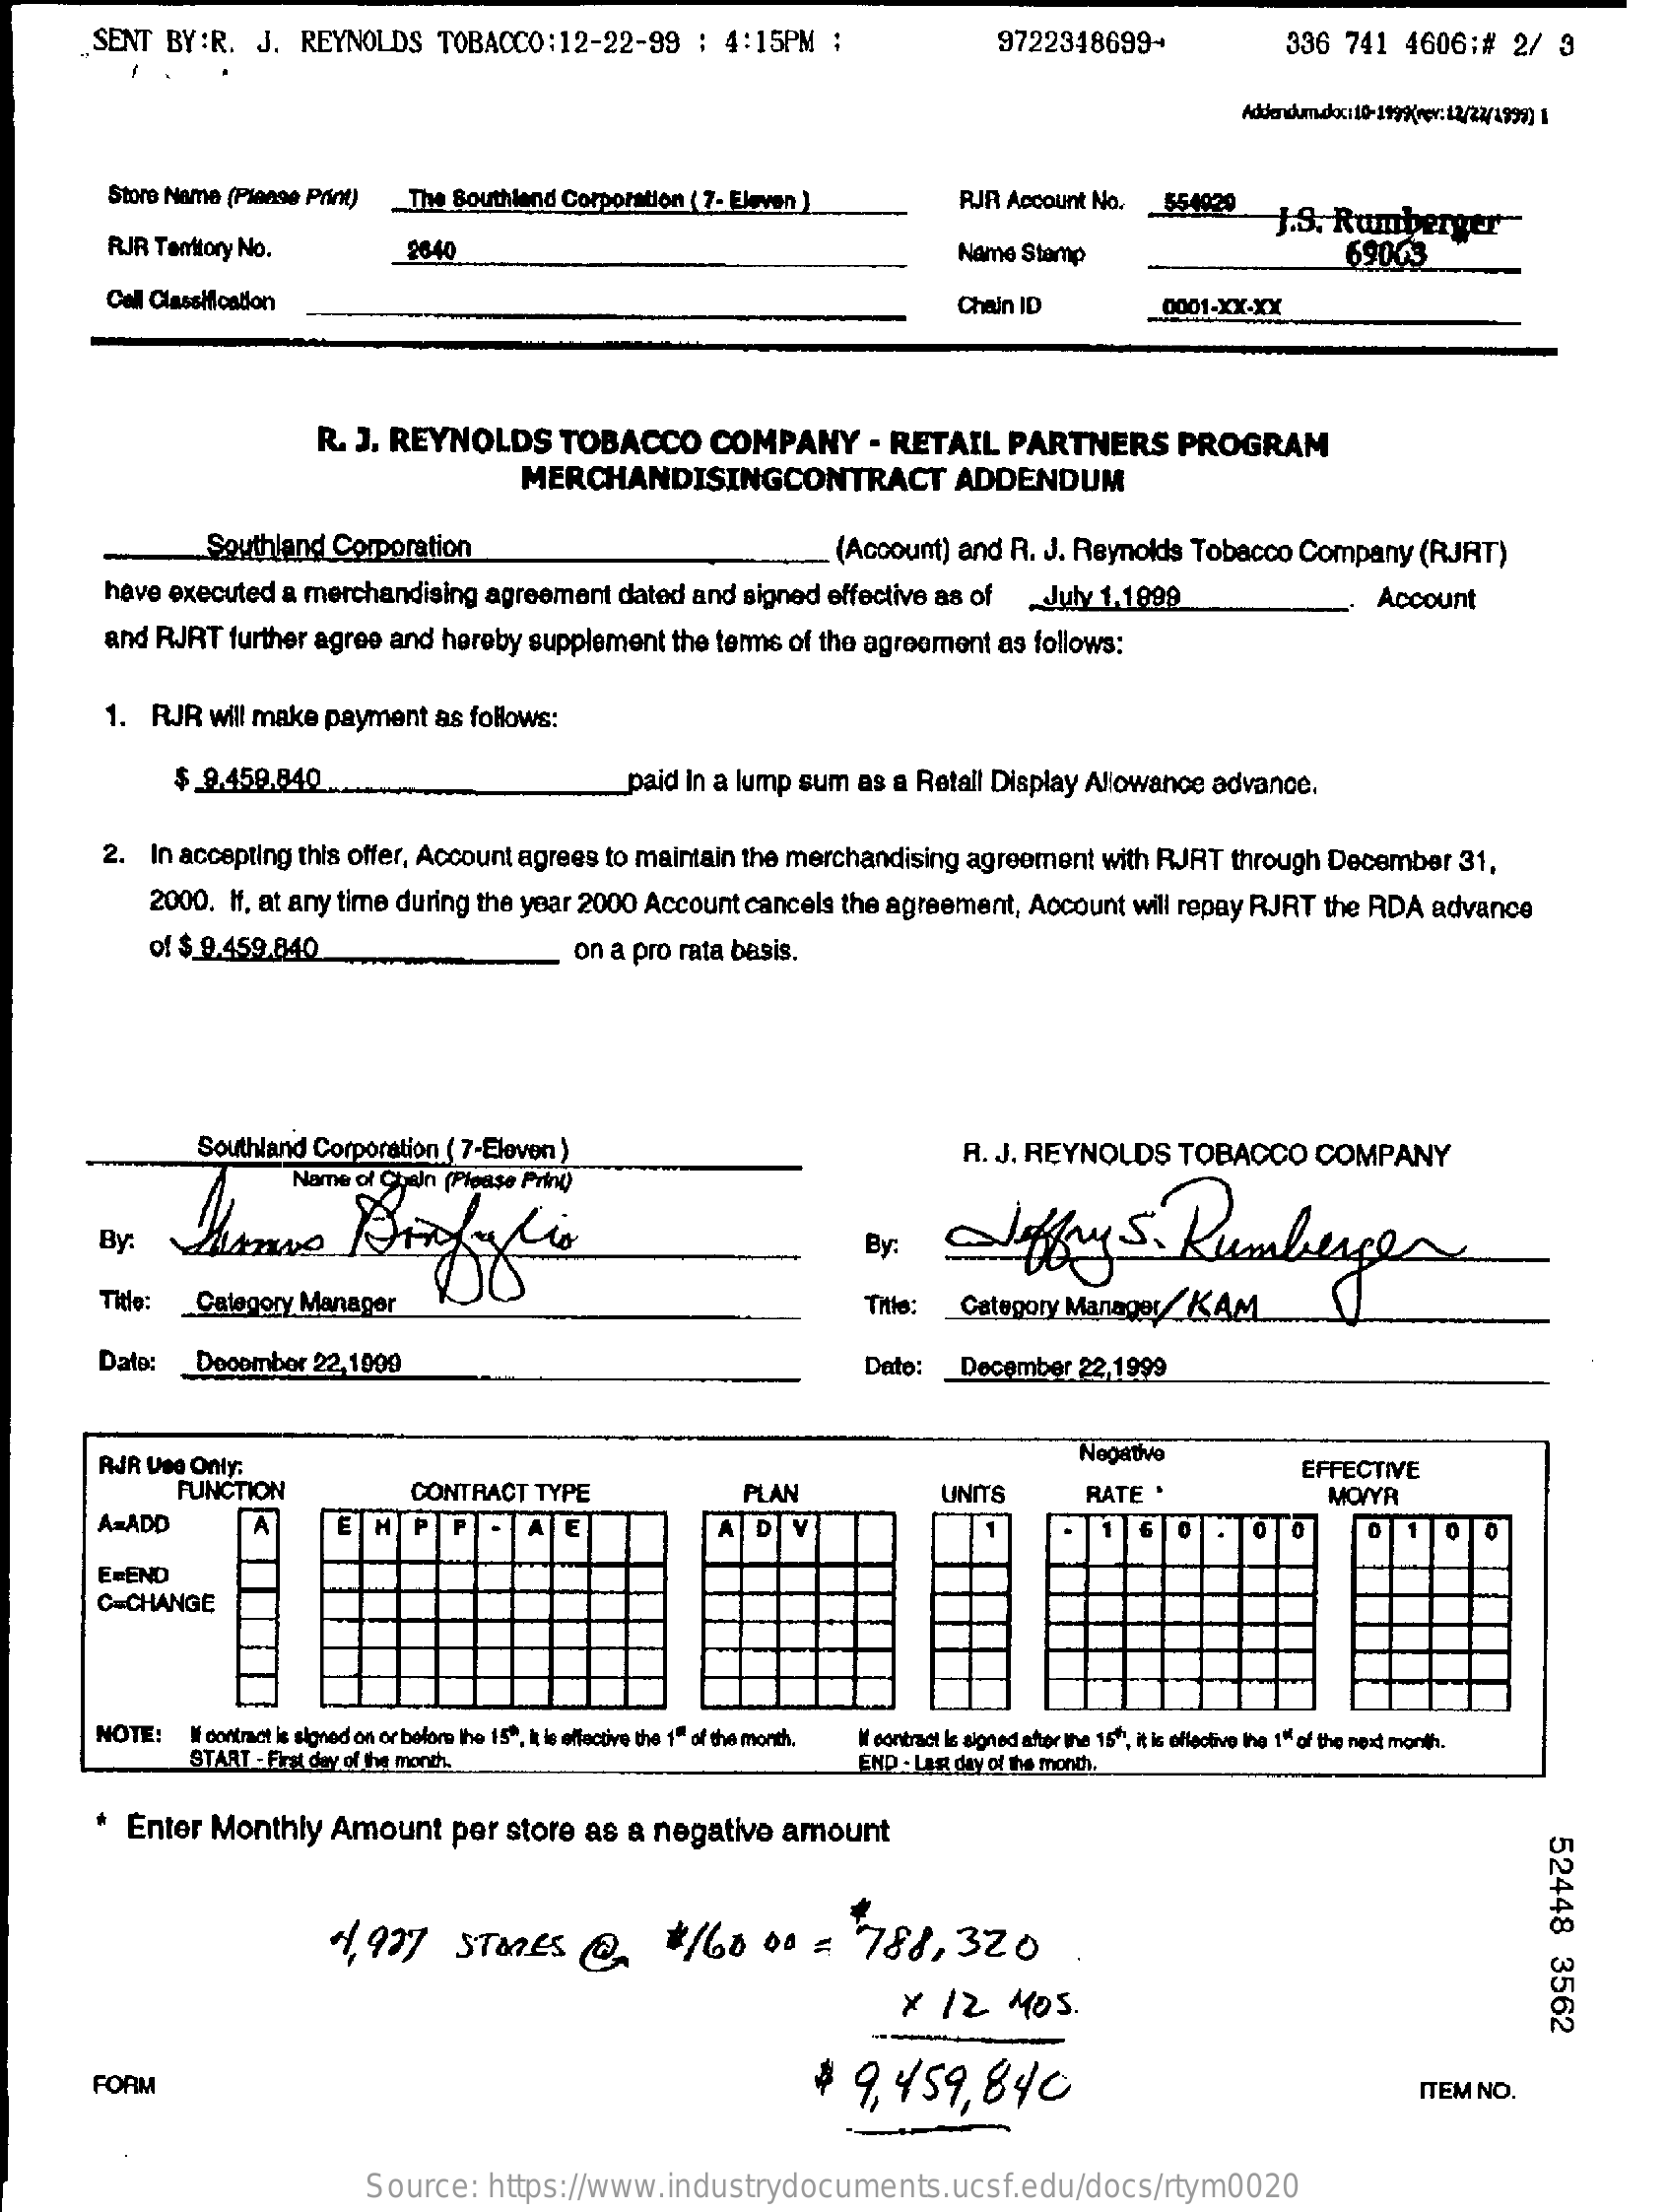
SENT BY:R. J. REYNOLDS TOBACCO:12-22-99  : 4:15PM  ;    9722348699-    336 741  4606:# 2/ 3
     Store Name (Please Print) The Southland Corporation ( 7- Eleven ) RIR Account No. _ $54020
     RJR Temitory No.
     J.S. Rumberger-
     2640    Name Stamp    69043
     Call Classification    Chain ID    0001-XX-XX
     R. J. REYNOLDS   TOBACCO   COMPANY    - RETAIL  PARTNERS    PROGRAM
     MERCHANDISINGCONTRACT    ADDENDUM
     Southland Corporation    (Account) and R. J. Reynolds Tobacco Company (RJRT)
     have executed a merchandising agreement dated and signed effective as of July 1.1899    Account
     and RJRT further agree and hereby supplement the terms of the agreement as follows:
     1. RJR will make payment as follows:
     $ 9.450.840    paid in a lump sum as a Retail Display Allowance advance.
     2. In accepting this offer, Account agrees to maintain the merchandising agreement with RJRT through December 31,
     2000. If, at any time during the year 2000 Account cancels the agreement, Account will repay RJRT the RDA advance
     of $ 9.459.840    on a pro rata basis.
     Southland Corporation ( 7-Eleven )    R. J. REYNOLDS TOBACCO  COMPANY
     ffy   S  . Rumberger By: By:
     Title: Category Manager    Title: Category Manager/KAM
     Date:  December 22,1999    Date:  December 22,1999
     AJR Use Only:    Nogativo
     FUNCTION    CONTRACT TYPE
     EFFECTIVE
     PLAN    UNITS    RATE .    MO/YR
     A=ADD    E  H
     E-END
     C=CHANGE
     NOTE: If' contract is signed on or before the 15", kt le effective the 1" of the month.
     START - First day of the month.
     contract Is signed attor the 15", it is effective lhe 1" of the next month.
     END - Last day of the month.
     * Enter Monthly Amount  per store as a negative amount
     52448
     3562
     1, 927  STORES    @   #/60    00 =   788,  320
     x 12   MOS.
     FORM    $  9,459,   840    ITEM NO.
     Source:  https://www.industrydocuments.ucsf.edu/docs/rtym0020